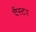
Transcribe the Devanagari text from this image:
चैस्टर